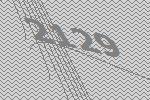
2129